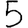
Digit: 5